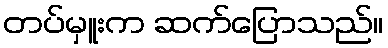
တပ်မှူးက ဆက်ပြောသည်။